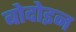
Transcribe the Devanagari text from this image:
बोदोइन